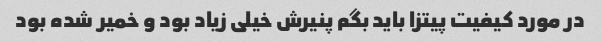
در مورد کیفیت پیتزا باید بگم پنیرش خیلی زیاد بود و خمیر شده بود